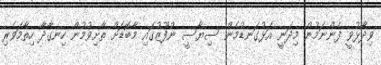
ވިދާޅުވީ ފެންނަމުން މިދަނީ އަޅުގަނޑުމެން ސިޔާސީ ނުފޫޒުގައި މާބޮޑަށް ތާށިވުމުން ހިނގާދާ ހިތާމަވެރި